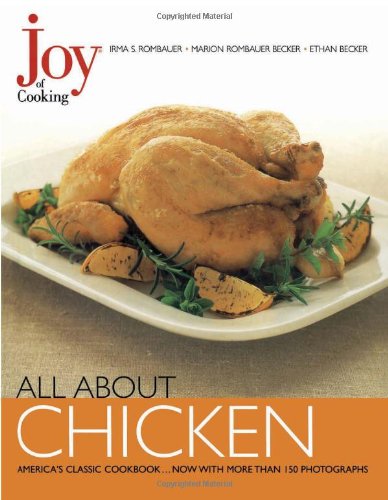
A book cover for Joy of Cooking: All About Chicken; Irma S. Rombauer; Cookbooks, Food & Wine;